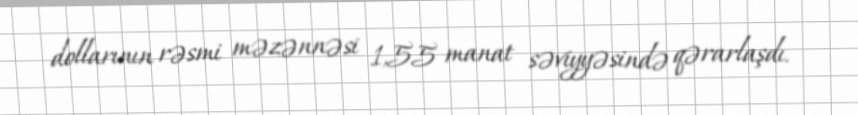
dollarının rəsmi məzənnəsi 1,55 manat səviyyəsində qərarlaşdı.